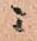
ニ